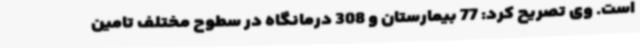
است. وی تصریح کرد: 77 بیمارستان و 308 درمانگاه در سطوح مختلف تامین